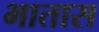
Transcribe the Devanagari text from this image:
भातास